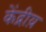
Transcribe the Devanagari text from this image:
केंद्रीय़